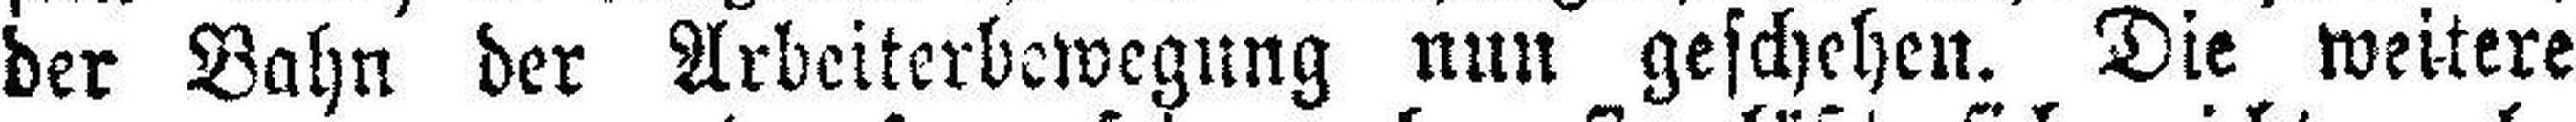
der Bahn der Arbeiterbewegung nun geschehen. Die weitere